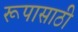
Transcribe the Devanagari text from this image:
रूपासाठी